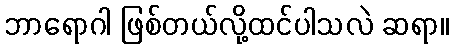
ဘာရောဂါ ဖြစ်တယ်လို့ထင်ပါသလဲ ဆရာ။